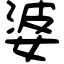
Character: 婆